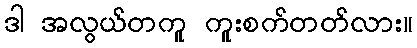
ဒါ အလွယ်တကူ ကူးစက်တတ်လား။